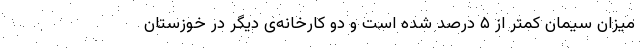
میزان سیمان کمتر از ۵ درصد شده است و دو کارخانه‌ی دیگر در خوزستان